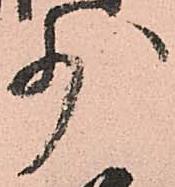
少